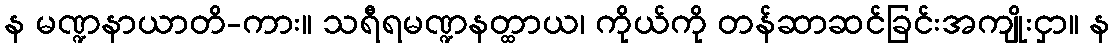
န မဏ္ဍနာယာတိ-ကား။ သရီရမဏ္ဍနတ္ထာယ၊ ကိုယ်ကို တန်ဆာဆင်ခြင်းအကျိုးငှာ။ န